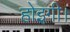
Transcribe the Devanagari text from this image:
होइगी।